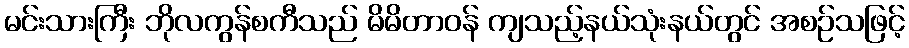
မင်းသားကြီး ဘိုလကွန်စကီသည် မိမိတာဝန် ကျသည့်နယ်သုံးနယ်တွင် အစဉ်သဖြင့်